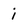
Character: i